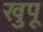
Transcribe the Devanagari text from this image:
खुपू